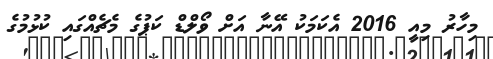
މިހާރު މިއީ 2016 އެކަމަކު އޭނާ އަށް ވޯލްޑް ކަޕުގެ މެޗެއްގައި ކުޅުމުގެ